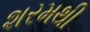
શરમથી